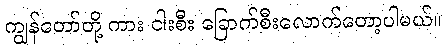
ကျွန်တော်တို့ ကား ငါးစီး ခြောက်စီးလောက်တော့ပါမယ်။